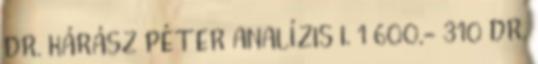
DR. KÁRÁSZ PÉTER ANALÍZIS I. 1 600,- 310 DR.